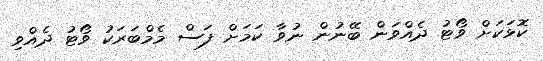
ކޮޅަކަށް ވޯޓު ދެއްވަން ބޭނުން ނުވާ ކަމަށް ފަސް މެމްބަރަކު ވޯޓު ދެއްވި